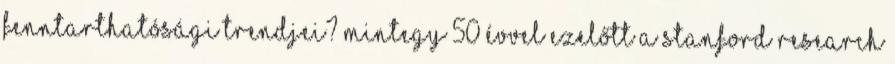
fenntarthatósági trendjei? Mintegy 50 évvel ezelőtt a Stanford Research